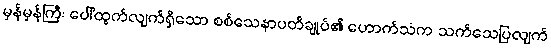
မှန်မှန်ကြီး ပေါ်ထွက်လျက်ရှိသော စစ်သေနာပတိချုပ်၏ ဟောက်သံက သက်သေပြလျက်